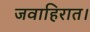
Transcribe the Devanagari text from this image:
जवाहिरात।